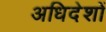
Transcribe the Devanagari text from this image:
अधिदेशों